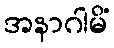
အနာဂါမိံ